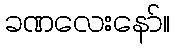
ခဏလေးနော်။